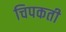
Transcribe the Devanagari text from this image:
चिपकती